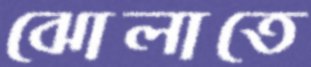
ঝোলাতে